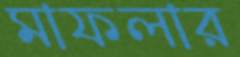
মাফলার